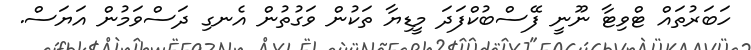
ހަބަރުތައް ޓްވިޓާ ނޫނީ ފޭސްބުކްފަދަ މީޑިޔާ ތަކުން ވަގުތުން އެނގި ދަސްވަމުން އަޔަސް.